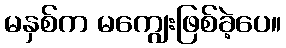
မနှစ်က မကျွေးဖြစ်ခဲ့ပေ။